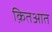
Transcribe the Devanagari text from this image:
क़ितआत